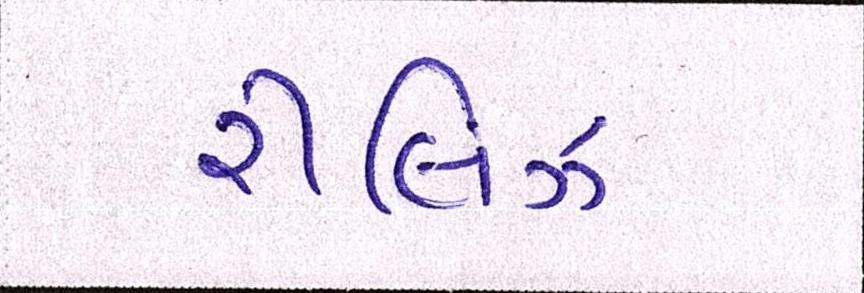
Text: રીલિઝ